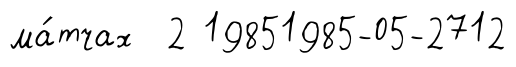
ма́тчах 2 19851985-05-2712